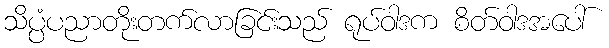
သိပ္ပံပညာတိုးတက်လာခြင်းသည် ရုပ်ဝါဒက စိတ်ဝါဒအပေါ်